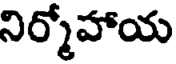
నిర్మోహాయ